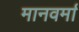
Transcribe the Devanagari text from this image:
मानवर्मा